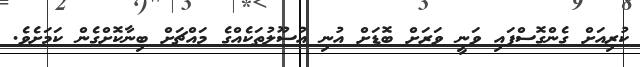
ކުރިއަށް ގެންގޮސްފައި ވަނީ ވަރަށް ބޮޑަށް އުނި އުސޫލުތަކެއްގެ މައްޗަށް ބިނާކޮށްގެން ކަމަށެވެ.